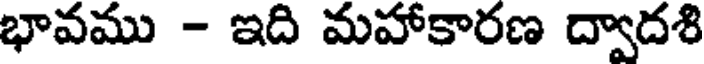
భావము - ఇది మహాకారణ ద్వాదశి